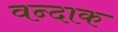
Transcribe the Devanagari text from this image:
वन्दाक